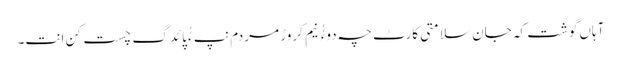
آہاں گوشت کہ جان سلامتی کارٹ چہ دوءُُ نیم کروڑ مردم نپ ءُُ پائدگ چست کن انت۔